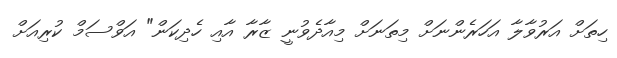
ހިތަށް އަރުވާލާ އަހަރެންނަށް މިތަނަށް މިއާދެވުނީ ޒާރާ އާއި ހެދިކަން" އަވްސަމް ކުރިއަށް